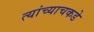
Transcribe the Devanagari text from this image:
त्यांच्याचकडे